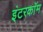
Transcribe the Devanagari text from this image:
इंटरकाॅम